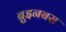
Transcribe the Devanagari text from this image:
ब्रुइनबस